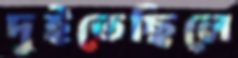
দুইতেছিলে